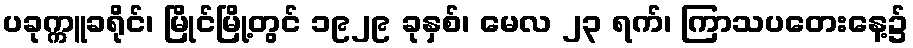
ပခုက္ကူခရိုင်၊ မြိုင်မြို့တွင် ၁၉၂၉ ခုနှစ်၊ မေလ ၂၃ ရက်၊ ကြာသပတေးနေ့၌